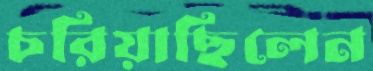
চরিয়াছিলেন